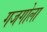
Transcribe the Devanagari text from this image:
गजगोला